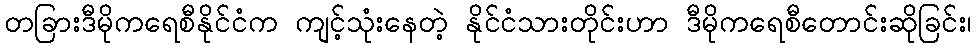
တခြားဒီမိုကရေစီနိုင်ငံက ကျင့်သုံးနေတဲ့ နိုင်ငံသားတိုင်းဟာ ဒီမိုကရေစီတောင်းဆိုခြင်း၊